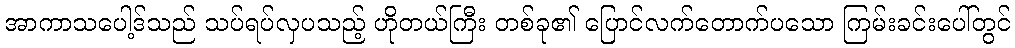
အာကာသပေါ့ဒ်သည် သပ်ရပ်လှပသည့် ဟိုတယ်ကြီး တစ်ခု၏ ပြောင်လက်တောက်ပသော ကြမ်းခင်းပေါ်တွင်